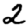
Digit: 2